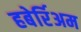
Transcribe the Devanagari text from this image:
हबेर्रिअम